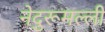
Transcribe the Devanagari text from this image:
नेदुरूमल्ली